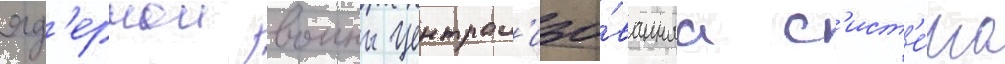
яд'ернои воины централ'изо́ваннаа с'ист'е́ма